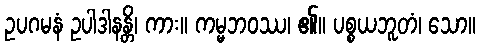
ဥပဂမနံ ဥပါဒါနန္တိ၊ ကား။ ကမ္မဘဝဿ၊ ၏။ ပစ္စယဘူတံ၊ သော။